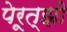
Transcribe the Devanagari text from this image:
पेरूत्झी